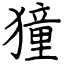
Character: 獞